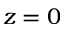
z = 0